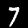
Digit: 7